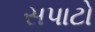
સપાટો